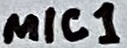
Text: MIC1